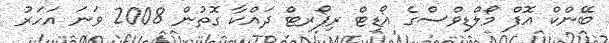
ބޭންކް އޮފް މޯލްޑިވްސްގެ އޯޑިޓް ރިޕޯރޓް ދައްކާ ގޮތުން 2008 ވަނަ އަހަރު